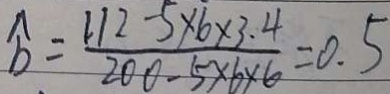
\widehat { b } = \frac { 1 1 2 - 5 \times 6 \times 3 . 4 } { 2 0 0 - 5 \times b \times 6 } = 0 . 5